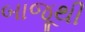
બાજૂથી